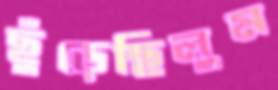
ছুঁড়েছিলুম